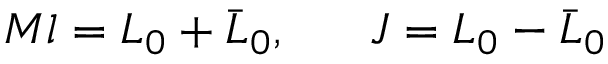
M l = L _ { 0 } + \bar { L } _ { 0 } , \ \ \ \ \ J = L _ { 0 } - \bar { L } _ { 0 }